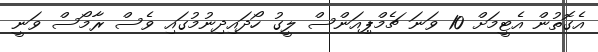
އެގޮތުން އެޓީމަށް 10 ވަނަ ޗެމްޕިއަންސް ލީގު ހޯދައިދިނުމުގައި ވެސް ރާމޯސް ވަނީ